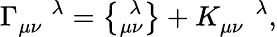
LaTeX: \Gamma_{\mu\nu}^{\, \, \, \, \, \, \, \lambda}=\left\{ _{\mu\nu}^{\, \, \lambda}\right\} +K_{\mu\nu}^{\, \, \, \, \, \, \, \lambda},